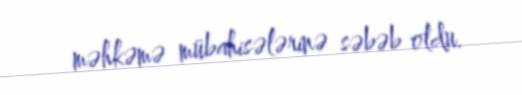
məhkəmə mübahisələrinə səbəb oldu.